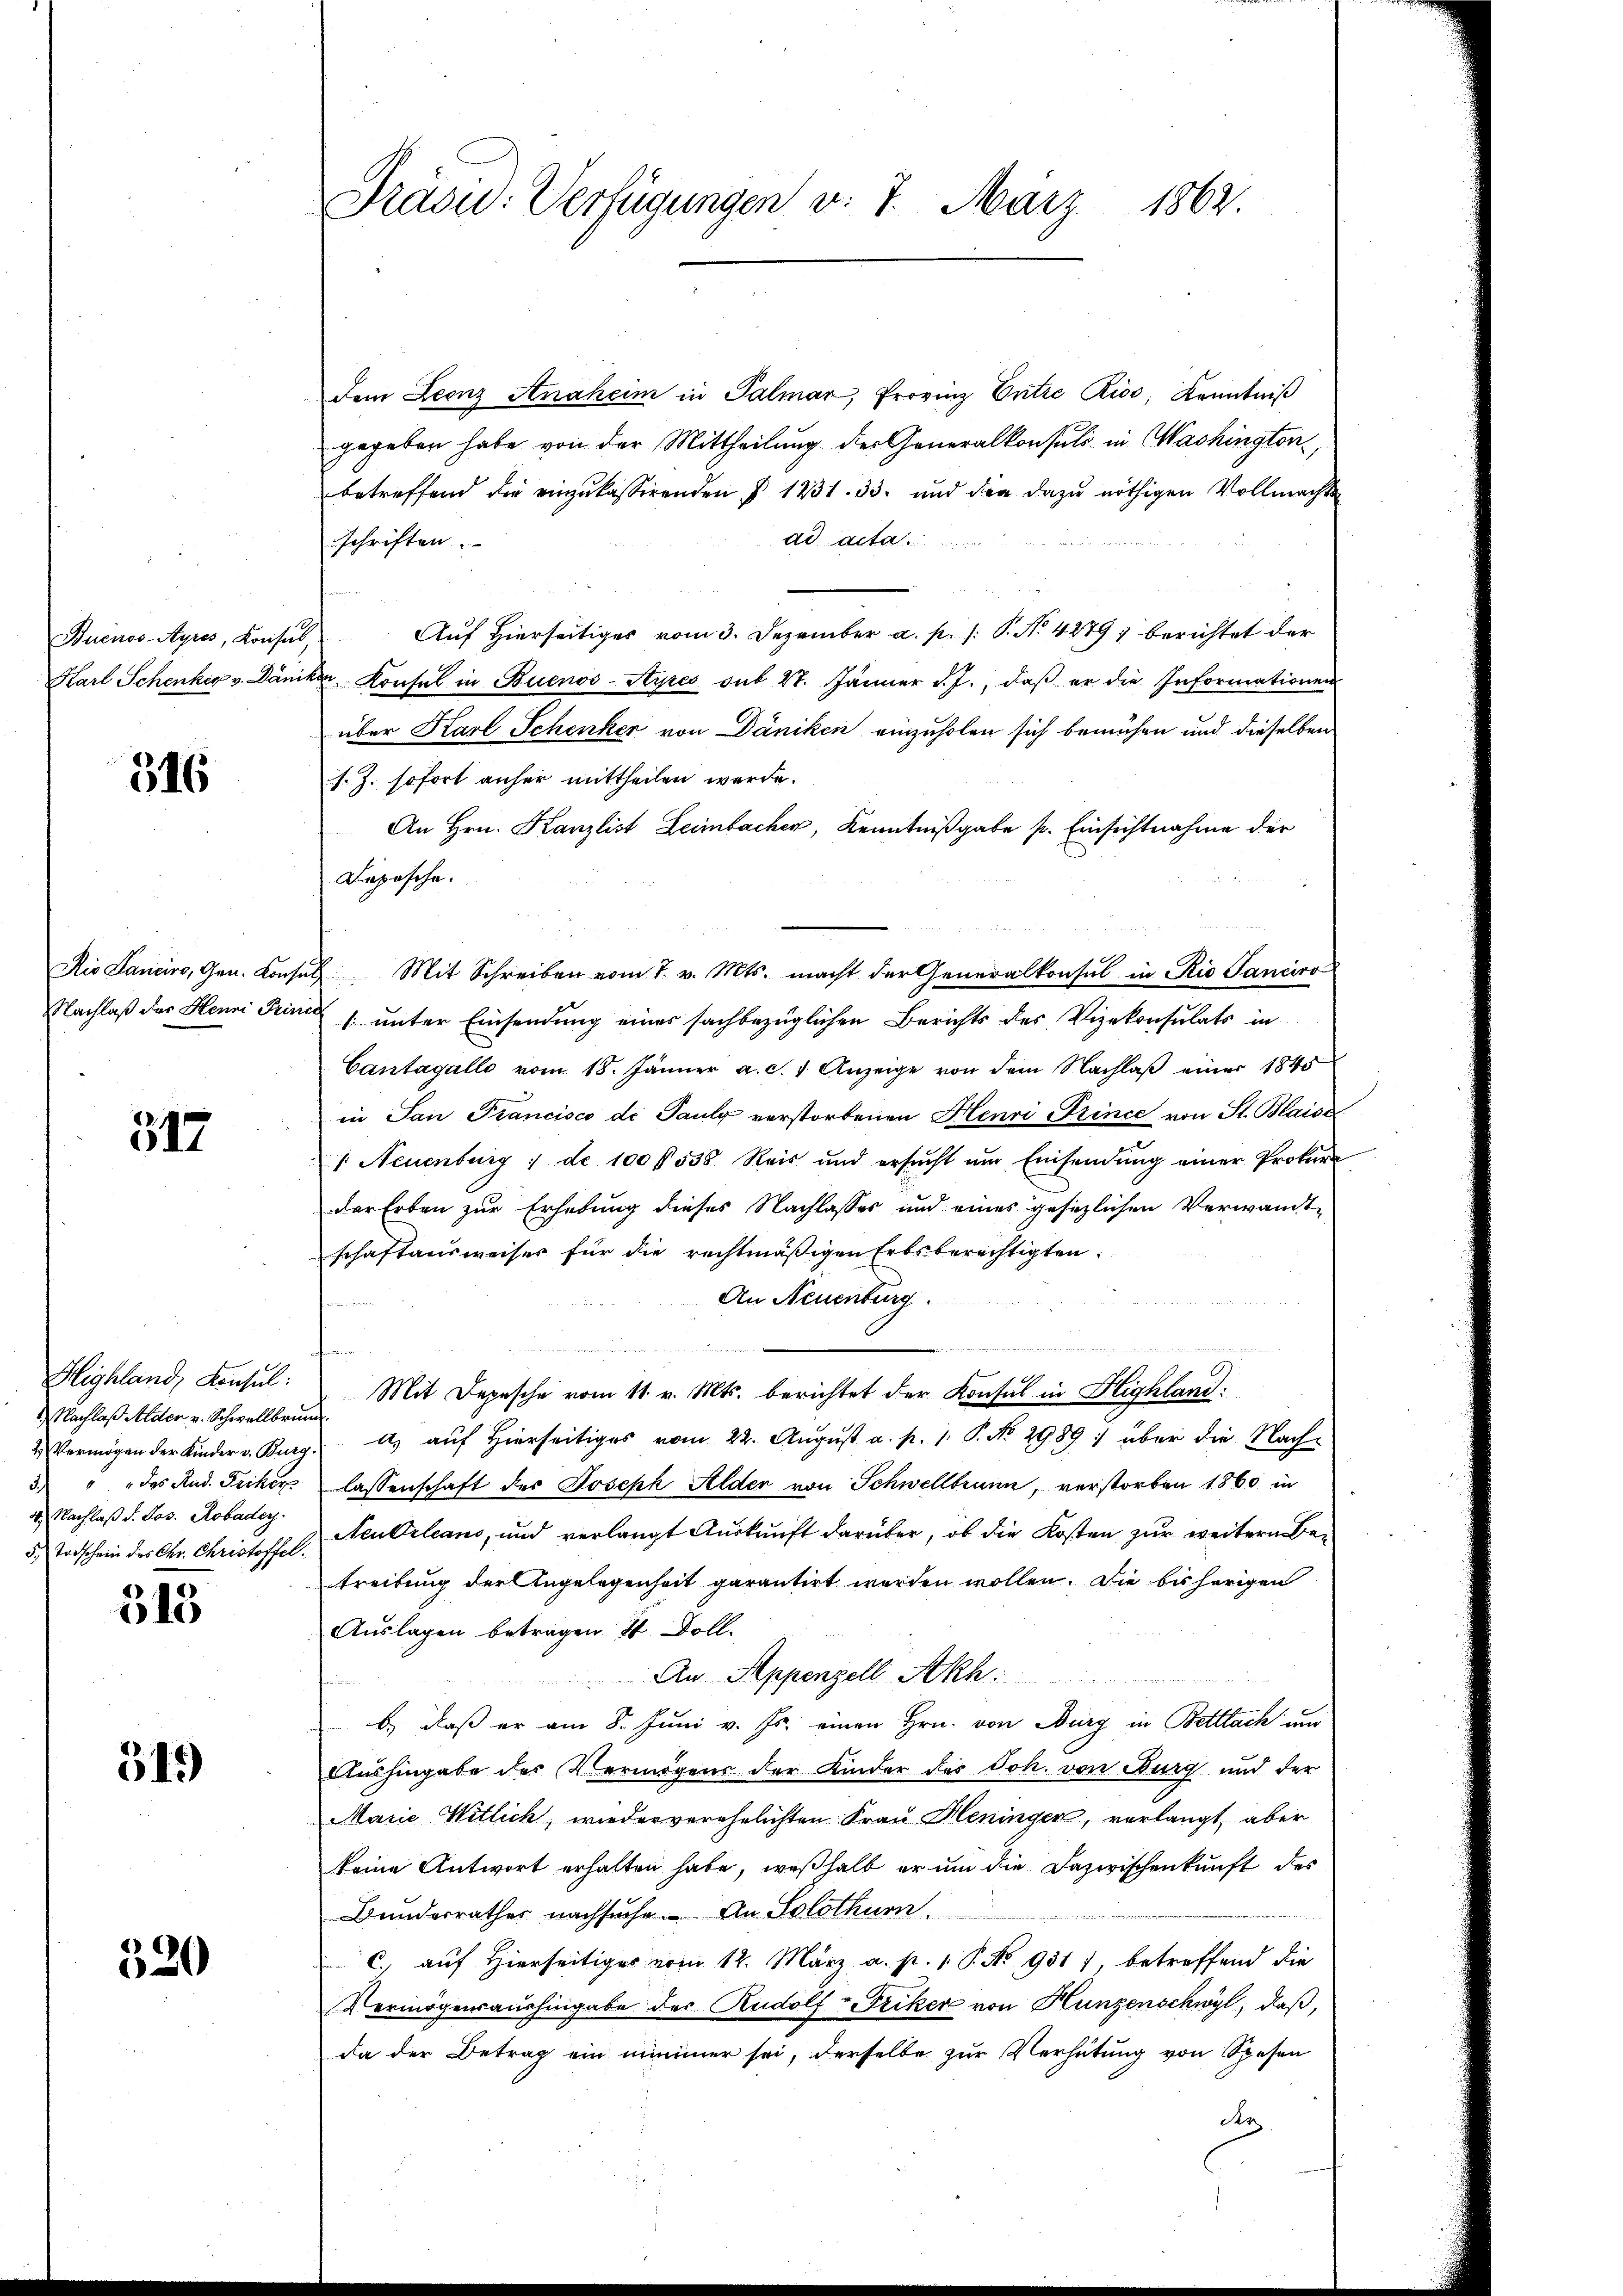
Buenos-Ayres, Konsul,
Karl Schenkig v. Däm

516

Rio Sanciro, Gen. Konse
Nachlaß des Henni Prince

317

Highland, Konsul
1.) Nachlaß Alder v. Schwellbrunn
2) " " des Rud. Feiker
4. Nachlaß d. Jos. Robader.

315

515)

320

Präsid: Verfügungen v. 7. März 1862.

dem Leonz Anaheim in Palmar, Provinz Entre Kios, Kenntniβ
gegeben habe von der Mittheilung der Generalkonsuls in Washington,
betreffend die einzŭkassirenden § 1231. 33. und den dazŭ nöthigen Vollmachte
ad acta
schriften.
Auf Hierseitiges vom 3. Dezember a. p. /: P. N. 4279) berichtet der
ike Konsul in Buenos-Ayres sub 28. Jänner d. J., daβ er die Informationen
über Karl Schenker von Däniken einzuholen sich bemühen und dieselben
s. Z. sofort anher mittheilen werde.
An Hrn. Kanzlist Leimbacher, Kenntnißgabe s. Einsichtnahme der
Depesche.
ub. Mit Schreiben vom 7. v. Mts. macht der Generalkonsul in Rio Sanciro
1. unter Einsendung eines sachbezüglichen Berichts des Vizekonsulats in
Cantagallo vom 18. Jänner a. c. 1. Anzeige von dem Nachlaß einer 1845
in San Francisco di Pauly verstorbenen Henri Prince von St. Blaiss
/ Neuenburg 1 de 100 f 538. Reis und ersŭcht ŭm Einsendŭng einer Prokura
der Erben zur Erhebung dieses Nachlasses und eines gesezlichen Verwandtschaftausweises für die rechtmäßigen Erbsberechtigten.
An Neuenburg.
n
Mit Depesche vom 11. v. Mts. berichtet der Konsul in Highland:
2 Vermögen der Kinder v. Burg. a. aŭf hierseitiges vom 22. Aŭgŭst a. p. 1. P. No. 29. 891 über die Nach-
lassenschaft des Joseph Alder von Schwellbrunn, verstorben 1860 in
5. Todschein des Chr. Christoffel, Neutrleans, und verlangt Aŭskŭnft darüber, ob die Kosten zŭr weitern Be-
treitung der Angelegenheit garantirt werden wollen. Die bisherigen
Auslagen betragen 4 Doll.
An Appenzell Akh:
b.) daß er am 8. Juni v. Js. einen Hrn. von Burg in Bettlach um
Aushingabe des Vermögens der Kinder des Joh. von Burg und der
Marie Witlich, wieder verehelichten Frau Heninger, verlangt, aber
keine Antwort erhalten habe, weßhalb er um die Dazwischenkunft des
Brinderrathes nachsuche. An Solothurn
C. auf Hierseitiger vom 12. März a. p. 1. P. No 931 1, betreffend die
Vermögensaushingabe des Rudolf-Priker von Hunzenschwyl, daß,
da der Betrag ein nimmer sei, derselbe zur Verhütung von Spesen
de